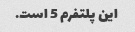
این پلتفرم 5 است.